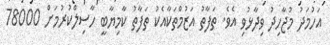
އަހުމަދު މުޖާހިދު ވިދާޅުވި އެވެ. ތަފާތު އަޒުމްތަކާއެކު ތަފާތު ކާމިޔާބީ ހާސިލްކުރުމަށް 78000